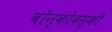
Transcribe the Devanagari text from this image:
बोन्कोवस्की